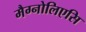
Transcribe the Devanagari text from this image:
मैग्नोलिएसि